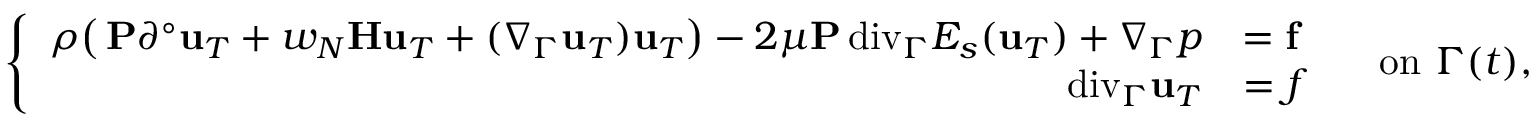
\left\{ \begin{array} { r l } { \rho \big ( \, \mathbf P \partial ^ { \circ } \mathbf u _ { T } + w _ { N } \mathbf H \mathbf u _ { T } + ( \nabla _ { \Gamma } \mathbf u _ { T } ) \mathbf u _ { T } \big ) - 2 \mu \mathbf P { \mathop { \, \mathrm { d i v } } } _ { \Gamma } E _ { s } ( \mathbf u _ { T } ) + \nabla _ { \Gamma } p } & { = \mathbf f } \\ { { \mathop { \, \mathrm { d i v } } } _ { \Gamma } \mathbf u _ { T } } & { = f } \end{array} \right. \quad \mathrm { o n } ~ \Gamma ( t ) ,